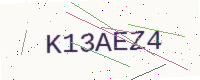
Text: K13AEZ4